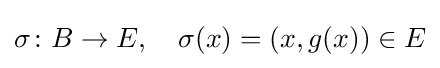
\sigma \colon B\to E,\quad \sigma (x)=(x,g(x))\in E